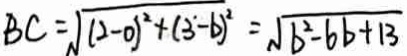
B C = \sqrt { ( 2 - 0 ) ^ { 2 } + ( 3 ^ { \cdot } - b ) ^ { 2 } } = \sqrt { b ^ { 2 } - 6 b + 1 3 }